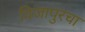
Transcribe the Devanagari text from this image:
विजापुरचा